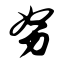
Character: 努